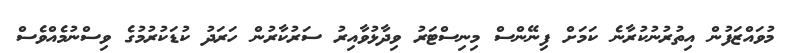
މުވައްޒަފުން އިތުރުނުކުރާނެ ކަމަށް ފިނޭންސް މިނިސްޓަރު ވިދާޅުވާއިރު ސަރުކާރުން ހަރަދު ކުޑަކުރުމުގެ ވިސްނުމެއްވެސް